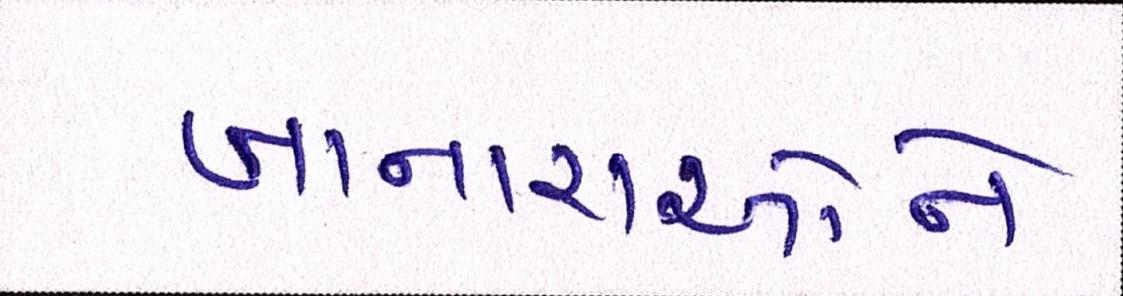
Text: ખાનારાઓને